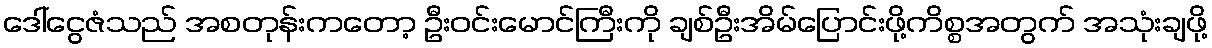
ဒေါ်ငွေဇံသည် အစတုန်းကတော့ ဦးဝင်းမောင်ကြီးကို ချစ်ဦးအိမ်ပြောင်းဖို့ကိစ္စအတွက် အသုံးချဖို့